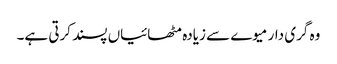
وہ گری دار میوے سے زیادہ مٹھائیاں پسند کرتی ہے۔